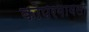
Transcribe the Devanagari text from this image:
कोपरगावला